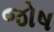
જોષ